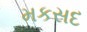
મકસદ